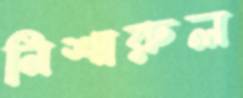
নিশারুল